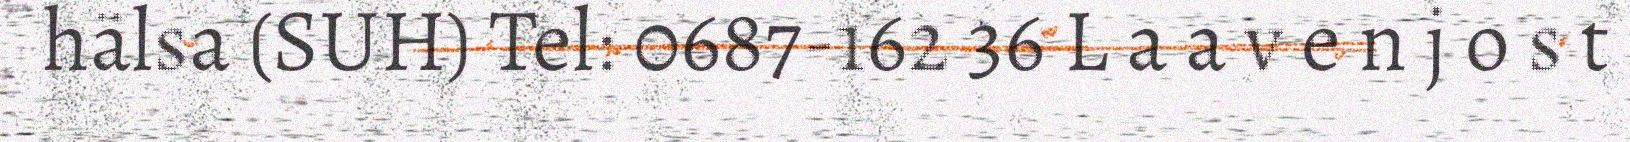
hälsa (SUH) Tel: 0687-162 36 L a a v e n j o s t